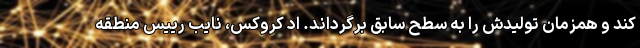
کند و همزمان تولیدش را به سطح سابق برگرداند. اد کروکس، نایب رییس منطقه